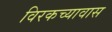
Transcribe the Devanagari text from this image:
विरकच्यावास